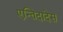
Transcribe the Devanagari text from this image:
एन्तिदादेस